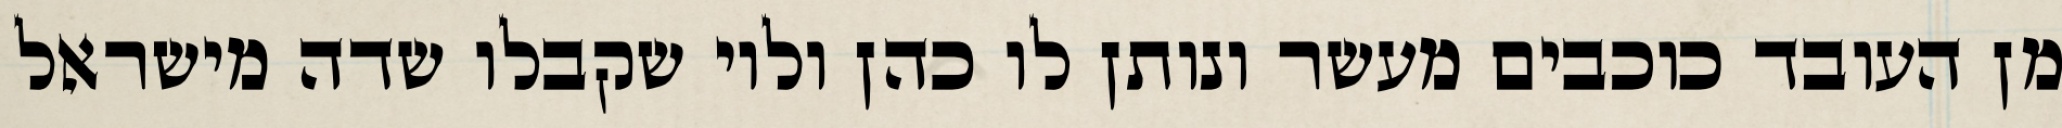
מן העובד כוכבים מעשר ונותן לו כהן ולוי שקבלו שדה מישראל